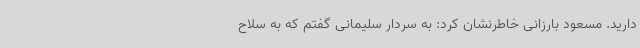
دارید. مسعود بارزانی خاطرنشان کرد: به سردار سلیمانی گفتم که به سلاح